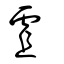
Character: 虘